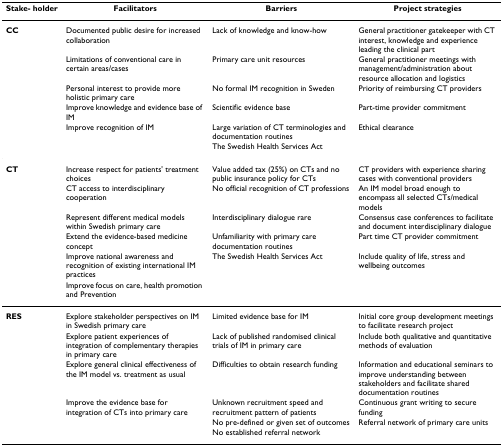
<table><thead><tr><td><b>Stake- holder</b></td><td><b>Facilitators</b></td><td><b>Barriers</b></td><td><b>Project strategies</b></td></tr></thead><tbody><tr><td><b>CC</b></td><td>Documented public desire for increased collaboration</td><td>Lack of knowledge and know-how</td><td>General practitioner gatekeeper with CT interest, knowledge and experience leading the clinical part</td></tr><tr><td></td><td>Limitations of conventional care in certain areas/cases</td><td>Primary care unit resources</td><td>General practitioner meetings with management/administration about resource allocation and logistics</td></tr><tr><td></td><td>Personal interest to provide more holistic primary care</td><td>No formal IM recognition in Sweden</td><td>Priority of reimbursing CT providers</td></tr><tr><td></td><td>Improve knowledge and evidence base of IM</td><td>Scientific evidence base</td><td>Part-time provider commitment</td></tr><tr><td></td><td>Improve recognition of IM</td><td>Large variation of CT terminologies and documentation routines</td><td>Ethical clearance</td></tr><tr><td></td><td></td><td>The Swedish Health Services Act</td><td></td></tr><tr><td><b>CT</b></td><td>Increase respect for patients&#x27; treatment choices</td><td>Value added tax (25%) on CTs and no public insurance policy for CTs</td><td>CT providers with experience sharing cases with conventional providers</td></tr><tr><td></td><td>CT access to interdisciplinary cooperation</td><td>No official recognition of CT professions</td><td>An IM model broad enough to encompass all selected CTs/medical models</td></tr><tr><td></td><td>Represent different medical models within Swedish primary care</td><td>Interdisciplinary dialogue rare</td><td>Consensus case conferences to facilitate and document interdisciplinary dialogue</td></tr><tr><td></td><td>Extend the evidence-based medicine concept</td><td>Unfamiliarity with primary care documentation routines</td><td>Part time CT provider commitment</td></tr><tr><td></td><td>Improve national awareness and recognition of existing international IM practices</td><td>The Swedish Health Services Act</td><td>Include quality of life, stress and wellbeing outcomes</td></tr><tr><td></td><td>Improve focus on care, health promotion and Prevention</td><td></td><td></td></tr><tr><td><b>RES</b></td><td>Explore stakeholder perspectives on IM in Swedish primary care</td><td>Limited evidence base for IM</td><td>Initial core group development meetings to facilitate research project</td></tr><tr><td></td><td>Explore patient experiences of integration of complementary therapies in primary care</td><td>Lack of published randomised clinical trials of IM in primary care</td><td>Include both qualitative and quantitative methods of evaluation</td></tr><tr><td></td><td>Explore general clinical effectiveness of the IM model vs. treatment as usual</td><td>Difficulties to obtain research funding</td><td>Information and educational seminars to improve understanding between stakeholders and facilitate shared documentation routines</td></tr><tr><td></td><td>Improve the evidence base for integration of CTs into primary care</td><td>Unknown recruitment speed and recruitment pattern of patients</td><td>Continuous grant writing to secure funding</td></tr><tr><td></td><td></td><td>No pre-defined or given set of outcomes</td><td>Referral network of primary care units</td></tr><tr><td></td><td></td><td>No established referral network</td><td></td></tr></tbody></table>